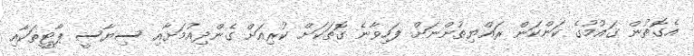
އެގޮތުން ގައުމުގެ ކަންކަން ރައްޔިތުންނަށް ފަހިވާނެ ގޮތަކަށް ކުރިއަށް ގެންދިއުމަށާއި ސިޔާސީ ޕާޓީތަކާއި